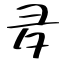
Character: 夛